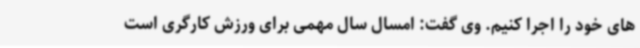
های خود را اجرا کنیم. وی گفت: امسال سال مهمی برای ورزش کارگری است